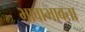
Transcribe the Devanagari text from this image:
भावाभावता